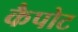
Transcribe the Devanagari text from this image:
कैपोट